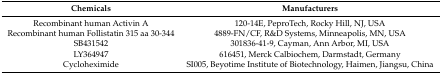
<table><thead><tr><td><b>Chemicals</b></td><td><b>Manufacturers</b></td></tr></thead><tbody><tr><td>Recombinant human Activin A</td><td>120-14E, PeproTech, Rocky Hill, NJ, USA</td></tr><tr><td>Recombinant human Follistatin 315 aa 30-344</td><td>4889-FN/CF, R&amp;D Systems, Minneapolis, MN, USA</td></tr><tr><td>SB431542</td><td>301836-41-9, Cayman, Ann Arbor, MI, USA</td></tr><tr><td>LY364947</td><td>616451, Merck Calbiochem, Darmstadt, Germany</td></tr><tr><td>Cycloheximide</td><td>SI005, Beyotime Institute of Biotechnology, Haimen, Jiangsu, China</td></tr></tbody></table>